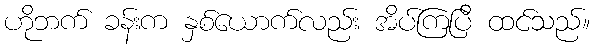
ဟိုဘက် ခန်းက နှစ်ယောက်လည်း အိပ်ကြပြီ ထင်သည်။